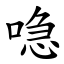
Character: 喼